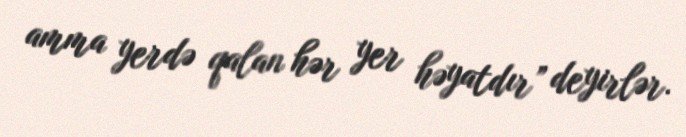
amma yerdə qalan hər yer həyatdır” deyirlər.